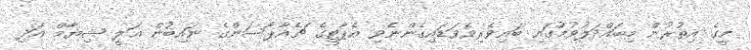
މީގެ އިތުރުން މިބައްދަލުވުމުގައި ބައިވެރިވެވަޑައިގެންނެވި އެޕާޓީގެ ޗެއާޕާސަންގެ ނައިބުން ޢަލީ ޝިޔާމް އަދި